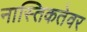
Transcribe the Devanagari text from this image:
नास्तिकतेवर